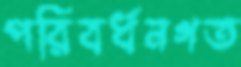
পরিবর্ধনগত